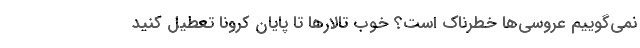
نمی‌گوییم عروسی‌ها خطرناک است؟ خوب تالارها تا پایان کرونا تعطیل کنید